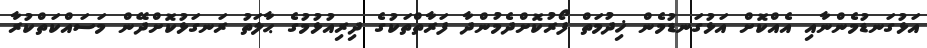
އަޅުގަނޑުމެންނާއި އެއްކޮށް އަޅުގަނޑުމެން ޚިދުމަތް ފޯރުކޮށްދެމުންދާ ފަރާތްތަކުގެ ދިރިއުޅުމުގެ ޙާލަތު ރަނގަޅުކޮށްދޭން މަސައްކަތްކުރާ